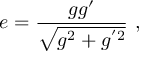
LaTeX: e = \frac { g g ^ { \prime } } { \sqrt { g ^ { 2 } + g ^ { ' 2 } } } \ ,